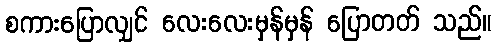
စကားပြောလျှင် လေးလေးမှန်မှန် ပြောတတ် သည်။